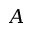
A